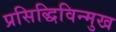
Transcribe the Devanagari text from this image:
प्रसिद्धिविन्मुख